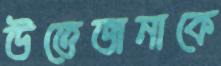
উত্তেজনাকে